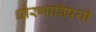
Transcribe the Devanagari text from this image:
धोरणाविषयी